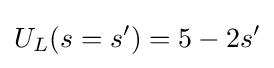
U_{L}(s=s')=5-2s'